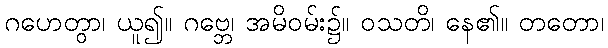
ဂဟေတွာ၊ ယူ၍။ ဂဗ္ဘေ၊ အမိဝမ်း၌။ ဝသတိ၊ နေ၏။ တတော၊